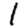
Digit: 1